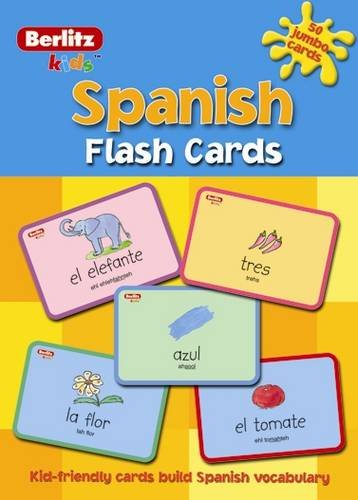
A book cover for Spanish Flash Cards; Berlitz; Children's Books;